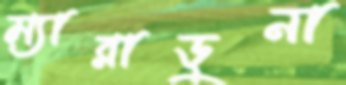
ম্যারাডুনা